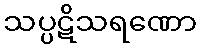
သပ္ပဋိသရဏော